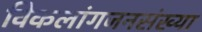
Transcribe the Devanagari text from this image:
विकलांगजनसंख्या